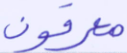
مغرقون